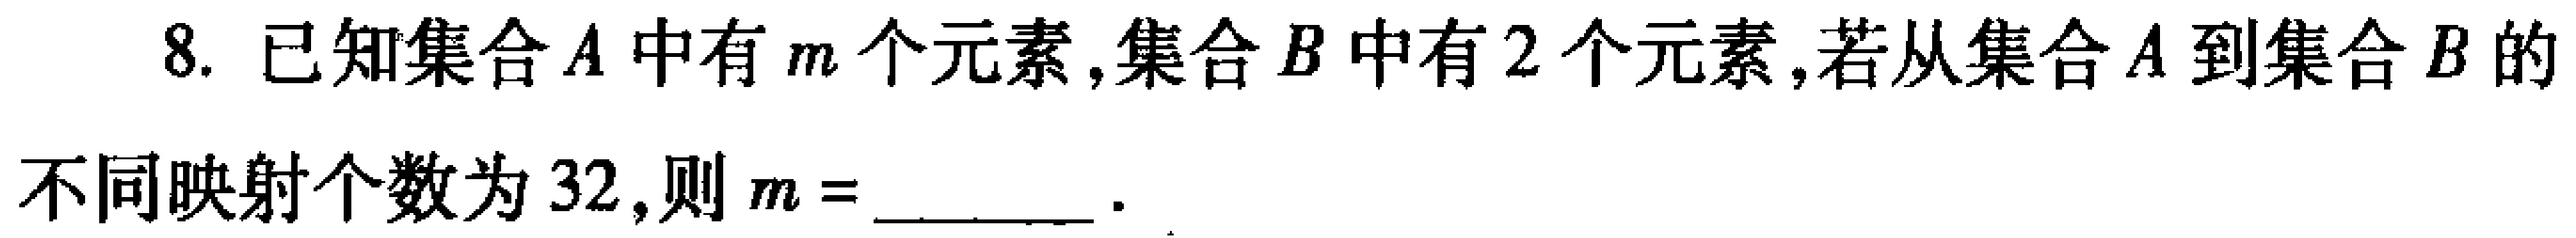
8. 已知集合\(A\)中有\(m\)个元素,集合\(B\)中有\(2\)个元素,若从集合\(A\)到集合\(B\)的

不同映射个数为\(32\),则\(m = \)________ .